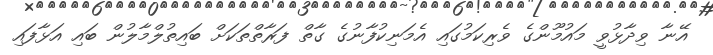
އޭނާ ވިދާޅުވީ މައުމޫންގެ ވެރިކަމުގައި އެމަނިކުފާނުގެ ގާތް ފަރާތްތަކަށް ބައިތުލްމާލުން ބައި އަޅާފައި